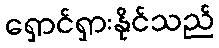
ရှောင်ရှားနိုင်သည်